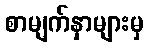
စာမျက်နှာများမှ